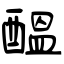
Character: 醖